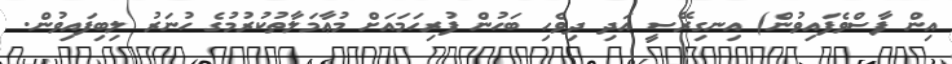
އިން ފާސްވެފައިވުން) އިނގިރޭސީ އަދި ދިވެހި ބަހުން ފުރިހަމައަށް މުޢާމަލާތުކުރުމުގެ ހުނަރު ލިބިފައިވުން.